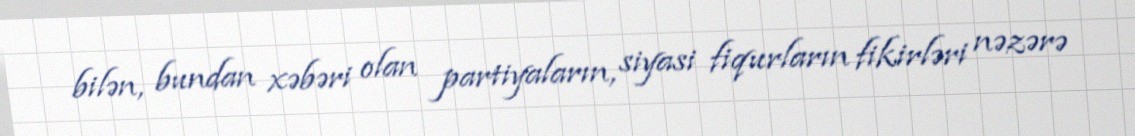
bilən, bundan xəbəri olan partiyaların, siyasi fiqurların fikirləri nəzərə